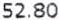
52.80